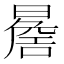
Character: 𭧬